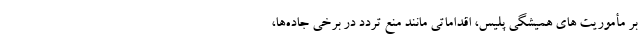
بر مأموریت های همیشگی پلیس، اقداماتی مانند منع تردد در برخی جاده‌ها،